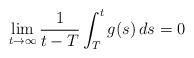
LaTeX: \begin{align*}\lim_{t\to\infty}\frac{1}{t-T}\int_T^tg(s)\,ds=0\end{align*}